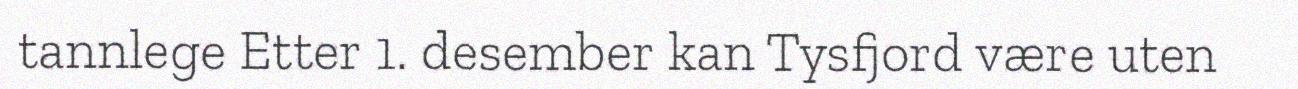
tannlege Etter 1. desember kan Tysfjord være uten